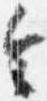
令